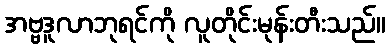
အဗ္ဗဒူလာဘုရင်ကို လူတိုင်းမုန်းတီးသည်။